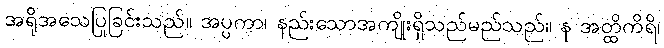
အရိုအသေပြုခြင်းသည်။ အပ္ပကာ၊ နည်းသောအကျိုးရှိသည်မည်သည်။ န အတ္ထိကိရိ၊